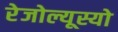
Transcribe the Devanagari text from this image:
रेजोल्यूस्यो